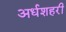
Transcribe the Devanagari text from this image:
अर्धशहरी